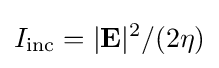
I_{\text{inc}}=|\mathbf {E} |^{2}/(2\eta )